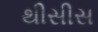
થીસીસ